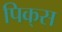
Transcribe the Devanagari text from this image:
पिक्‌स